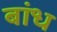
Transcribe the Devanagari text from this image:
बांध्‍ा